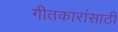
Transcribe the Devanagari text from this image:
गीतकारांसाठी